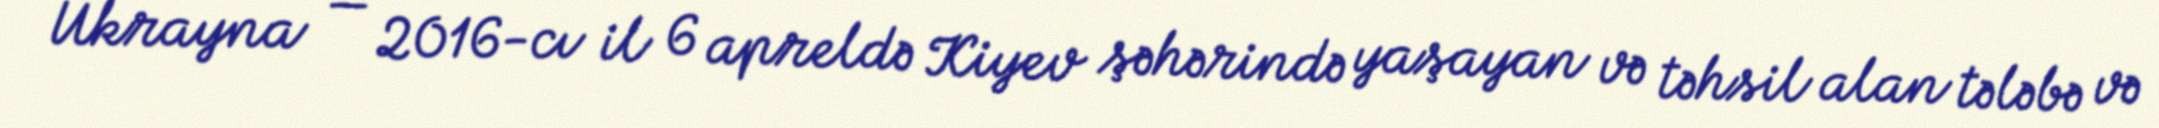
Ukrayna — 2016-cı il 6 apreldə Kiyev şəhərində yaşayan və təhsil alan tələbə və